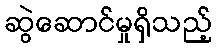
ဆွဲဆောင်မှုရှိသည့်